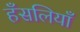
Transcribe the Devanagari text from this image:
हँसलियाँ